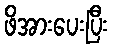
ဖိအားပေးပြီး